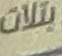
بتلات